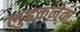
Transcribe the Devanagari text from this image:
लुढ़कनेवा